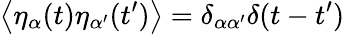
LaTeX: \left\langle\eta_{\alpha}(t)\eta_{\alpha^{\prime}}(t^{\prime})\right\rangle=\delta_{\alpha\alpha^{\prime}}\delta(t-t^{\prime})